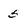
Character: 5